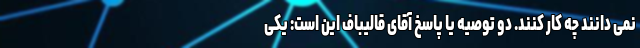
نمی دانند چه کار کنند. دو توصیه یا پاسخ آقای قالیباف این است: یکی